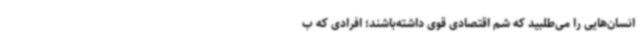
انسان‌هایی را می‌طلبید که شم اقتصادی قوی داشته‌باشند؛ افرادی که ب